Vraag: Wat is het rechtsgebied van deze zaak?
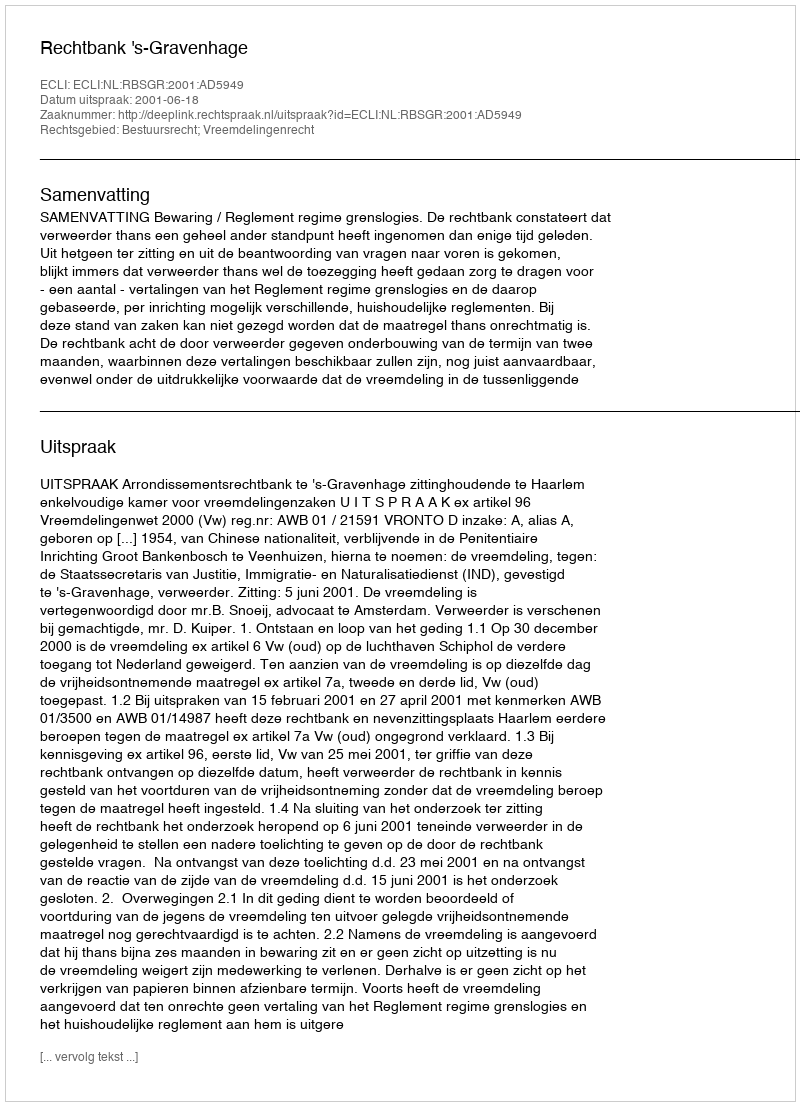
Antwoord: Bestuursrecht; Vreemdelingenrecht